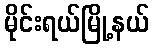
မိုင်းရယ်မြို့နယ်